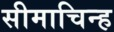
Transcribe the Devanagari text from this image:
सीमाचिन्‍ह